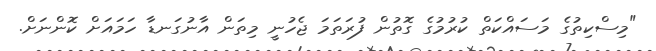
"މިސްކިތުގެ މަސައްކަތް ކުރުމުގެ ގޮތުން ފުރަތަމަ ޖެހުނީ މިތަން އާނުގަނޑާ ހަމައަށް ކޮންނަށް.